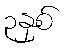
၃နှစ်